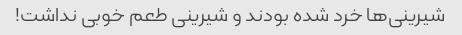
شیرینی‌ها خرد شده بودند و شیرینی طعم خوبی نداشت!